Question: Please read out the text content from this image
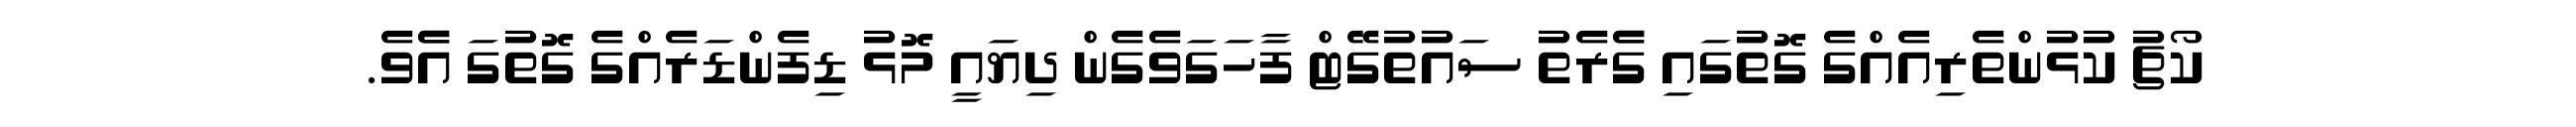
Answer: ކޯޗު ކުޅުންތެރިއެއްގެ ގޮތުގައި ގެެރެތު ސައުތުގޭޓް ފާހަގަވެގެން ދިޔައީ މޮޅު ޑިފެންޑަރެއްގެ ގޮތުގަ އެެވެ.